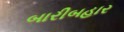
બારીબહાર